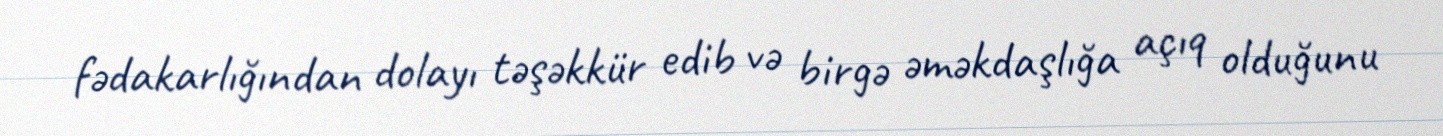
fədakarlığından dolayı təşəkkür edib və birgə əməkdaşlığa açıq olduğunu